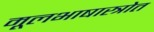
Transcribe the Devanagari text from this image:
मूलभाषास्त्रोत